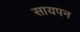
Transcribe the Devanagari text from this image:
सायपन